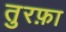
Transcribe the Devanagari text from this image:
तुरफ़ा